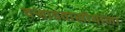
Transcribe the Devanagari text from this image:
वर्‍हाडवासीयांना